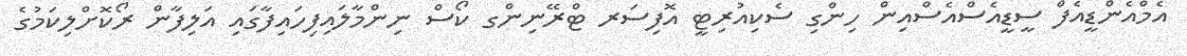
އެމްއެންޑީއެފް ސީޑީއެސްއެސްއިން ހިންގި ސެކިއުރިޓީ އޮފިސަރ ޓްރޭނިންގ ކޯސް ނިންމާލައިފިހައިފާގައި އަލިފާން ރޯކޮށްލިކަމުގެ